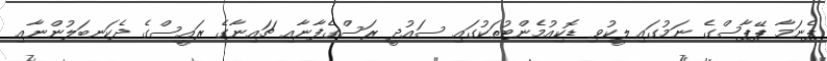
ޕެނަމާ ޕޭޕާސްގެ ނަމުގައި ލީކުވި ޑޮކިއުމެންޓުތަކުގައި ސައުދީ ރަސްގެފާނާއި ޗައިނާގެ ރައީސްގެ ދެކަނބަލުންނާއި